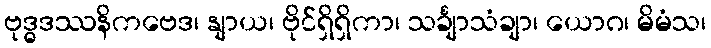
ဗုဒ္ဓဒဿနိကဗေဒ၊ နျာယ၊ ဗိုင်ရှိရှိကာ၊ သင်္ချာသံချာ၊ ယောဂ၊ မိမံသ၊